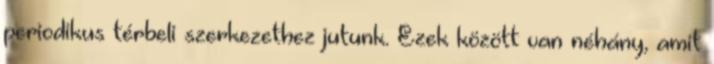
periodikus térbeli szerkezethez jutunk. Ezek között van néhány, amit